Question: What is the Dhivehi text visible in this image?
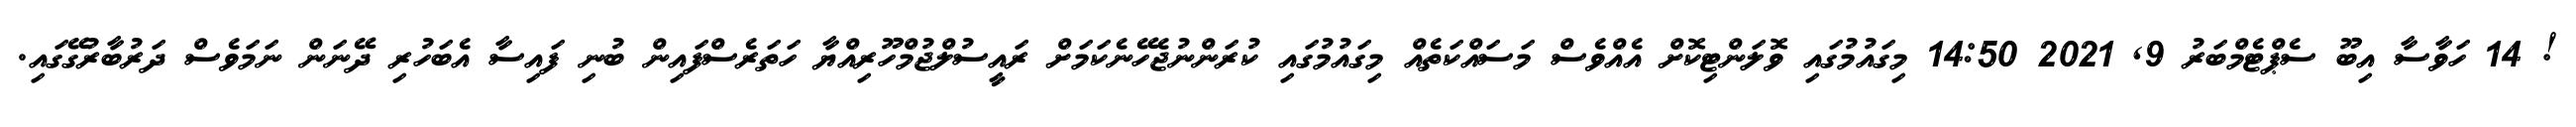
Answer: ! 14 ހަވާސާ އިބޫ ސެޕްޓެމްބަރު 9, 2021 14:50 މިގައުމުގައި ވޮލަންޓިކޮށް އެއްވެސް މަސައްކަތެއް މިގައުމުގައި ކުރަންނުޖެހޭނެކަމަށް ރައީސުލްޖުމްހޫރިއްޔާ ހަތަރެސްފައިން ބުނި ފައިސާ އެބަހުރި ދޭނަން ނަމަވެސް ދަރުބާރުގޭގައި.